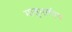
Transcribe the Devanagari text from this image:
मातृभाषीय